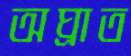
অঘ্রাত